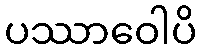
ပဿာဝေါပိ